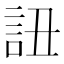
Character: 䚼